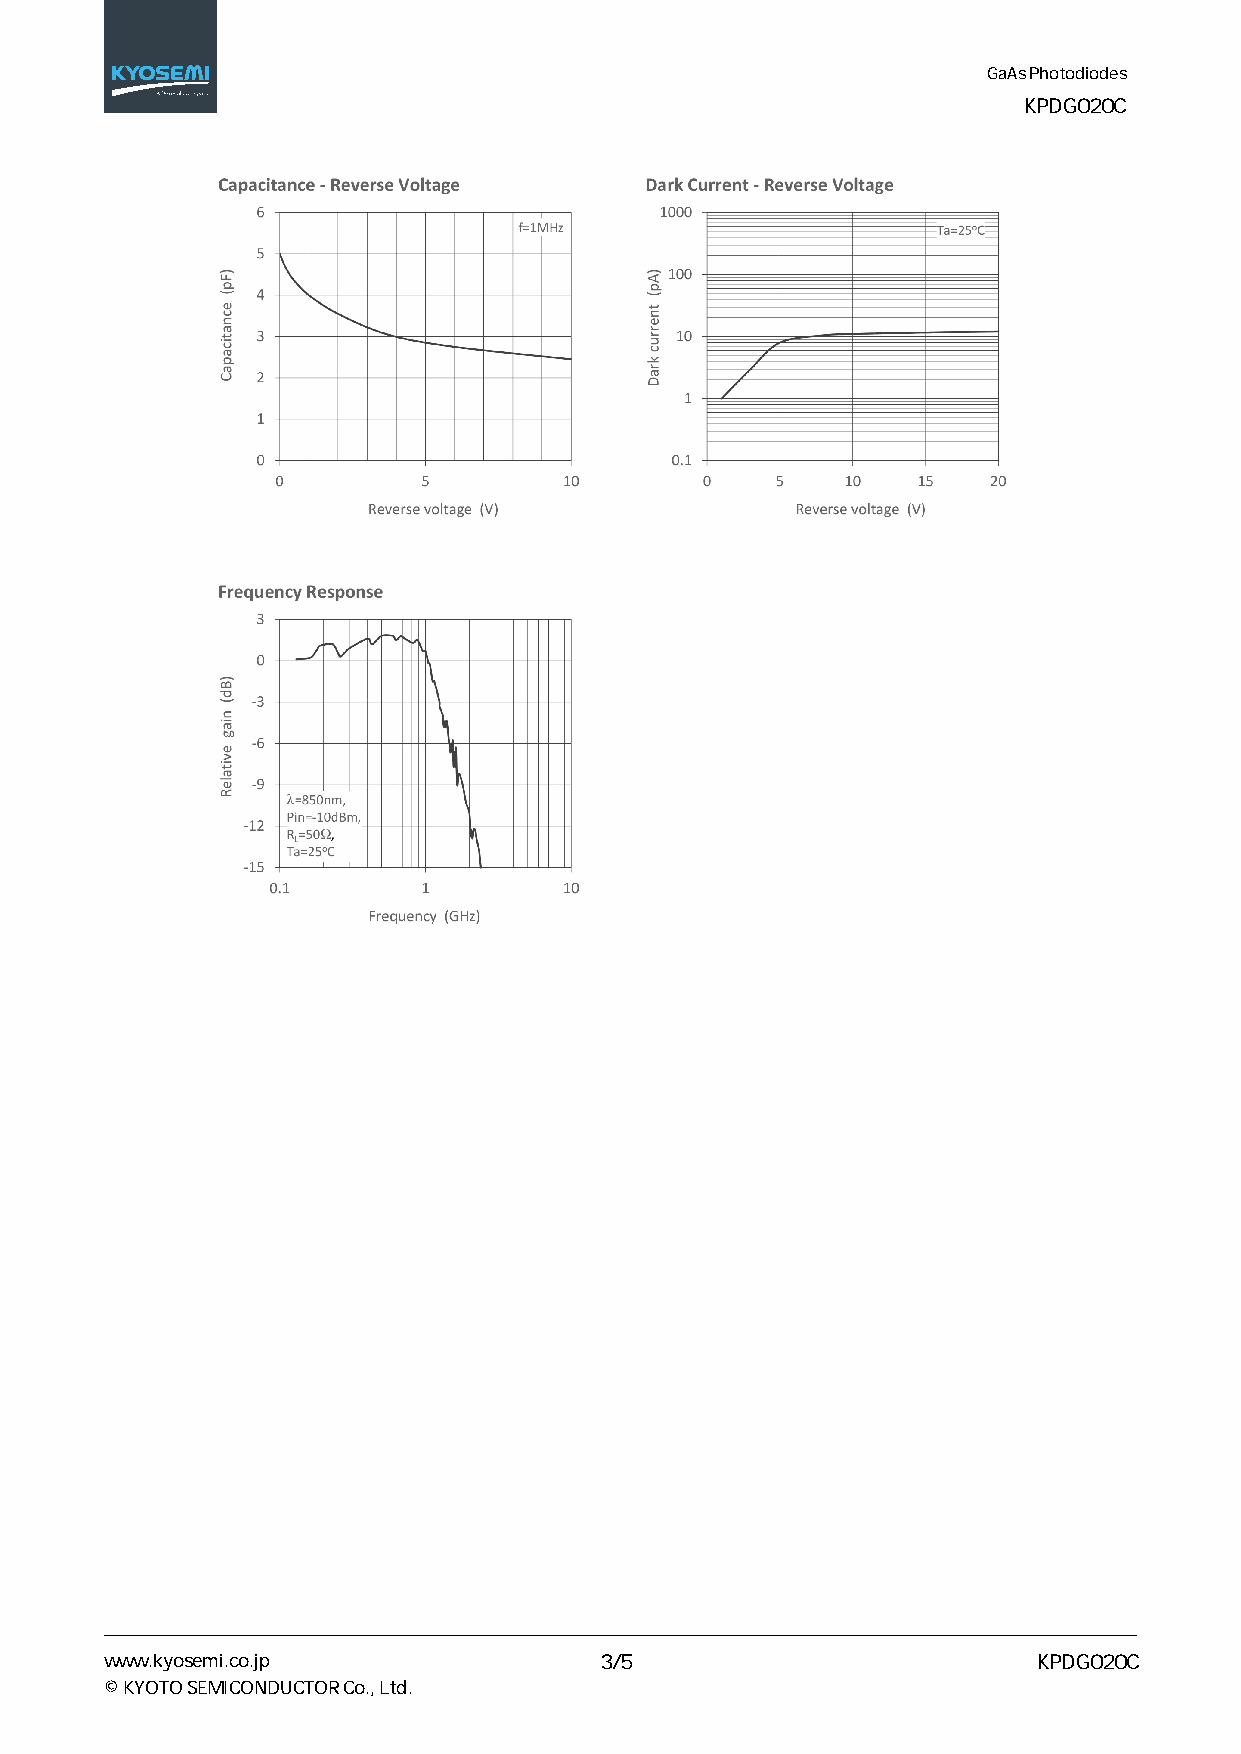
GaAs Photodiodes
 KPDG020C
 www.kyosemi.co.jp                3/5                          KPDG020C
 © KYOTO SEMICONDUCTOR Co., Ltd.